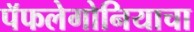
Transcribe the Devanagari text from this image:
पॅफलेगोनियाचा